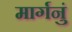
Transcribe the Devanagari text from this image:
मार्गनुं